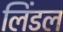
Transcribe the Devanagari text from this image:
लिंडल